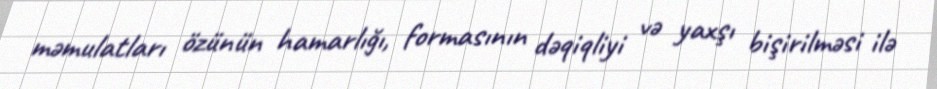
məmulatları özünün hamarlığı, formasının dəqiqliyi və yaxşı bişirilməsi ilə